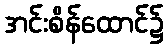
အင်းစိန်ထောင်၌